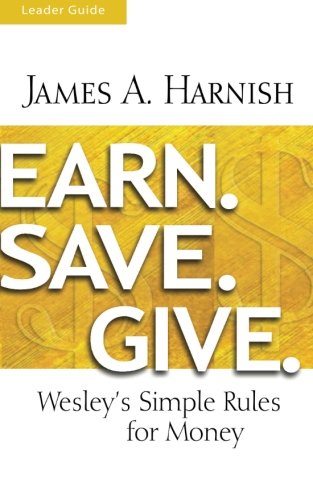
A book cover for Earn. Save. Give. Leader Guide: Wesley's Simple Rules for Money; James A. Harnish; Christian Books & Bibles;